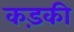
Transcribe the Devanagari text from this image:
कड़की